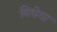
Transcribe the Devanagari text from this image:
विधेया